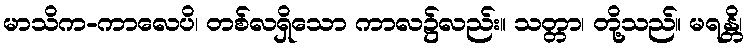
မာသိက-ကာလေပိ၊ တစ်လရှိသော ကာလ၌လည်း။ သတ္တာ၊ တို့သည်။ မရန္တိ၊